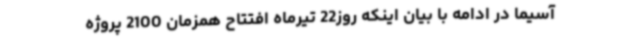
آسیما در ادامه با بیان اینکه روز22 تیرماه افتتاح همزمان 2100 پروژه